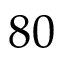
8 0